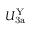
U _ { \mathrm { 3 a } } ^ { \mathrm { Y } }